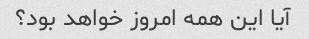
آیا این همه امروز خواهد بود؟